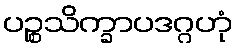
ပဉ္စသိက္ခာပဒဂ္ဂဟုံ